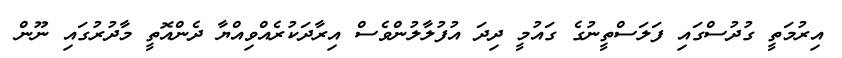
އިރުމަތީ ގުދުސްގައި ފަލަސްތީނުގެ ގައުމީ ދިދަ އުފުލާލުންވެސް އިރާދަކުރެއްވިއްޔާ ދެންއޮތީ މާދުރުގައި ނޫން